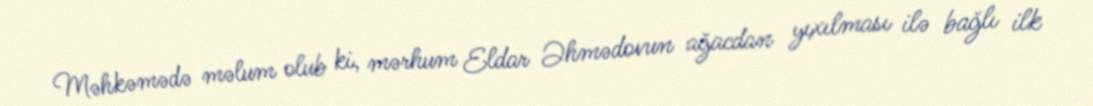
Məhkəmədə məlum olub ki, mərhum Eldar Əhmədovun ağacdan yıxılması ilə bağlı ilk